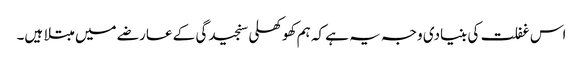
اس غفلت کی بنیادی وجہ یہ ہے کہ ہم کھوکھلی سنجیدگی کے عارضے میں مبتلا ہیں۔